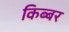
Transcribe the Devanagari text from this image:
किब्‍बर